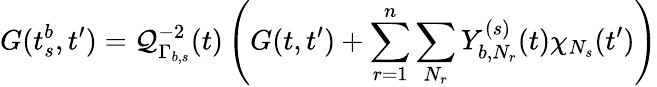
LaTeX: G(t_{s}^{b},t^{\prime})=\mathcal{Q}_{\Gamma_{b,s}}^{-2}(t)\left(G(t,t^{\prime})+\sum_{r=1}^{n}\sum_{N_{r}}Y_{b,N_{r}}^{(s)}(t)\chi_{N_{s}}(t^{\prime})\right)